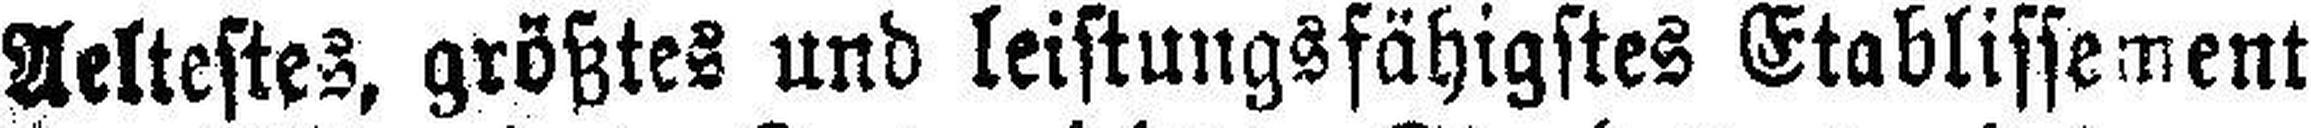
Aeltestes, größtes und leistungsfähigstes Etablissement